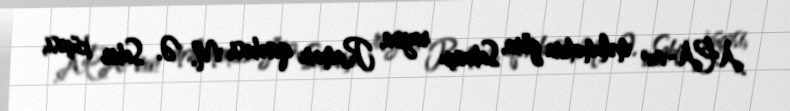
APA-nın məlumatına görə, Sabunçu rayon, Ramanı qəsəbəsi, M. Ə. Sabir küçəsi,